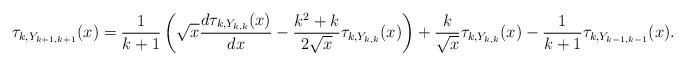
LaTeX: \begin{align*}\tau_{k,Y_{k+1,k+1}}(x) = \frac{1}{k+1} \left(\sqrt{x} \frac{d\tau_{k,Y_{k,k}}(x)}{dx} - \frac{k^2+k}{2\sqrt{x}} \tau_{k,Y_{k,k}}(x) \right) + \frac{k}{\sqrt{x}} \tau_{k,Y_{k,k}}(x)-\frac{1}{k+1} \tau_{k,Y_{k-1,k-1}}(x) .\end{align*}